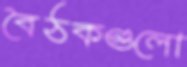
বৈঠকগুলো